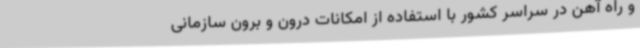
و راه آهن در سراسر کشور با استفاده از امکانات درون و برون سازمانی